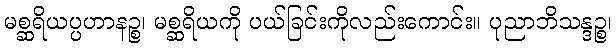
မစ္ဆရိယပ္ပဟာနဉ္စ၊ မစ္ဆရိယကို ပယ်ခြင်းကိုလည်းကောင်း။ ပုညာဘိသန္ဒဉ္စ၊